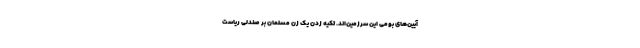
آیین‌های بومی این سرزمین‌اند. تکیه زدن یک زن مسلمان بر صندلی ریاست